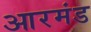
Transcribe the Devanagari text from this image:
आरमंड